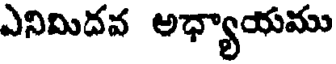
ఎనిమిదవ అధ్యాయము